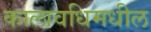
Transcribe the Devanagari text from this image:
कालावधिमधील